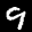
Label: 9